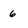
Character: 6